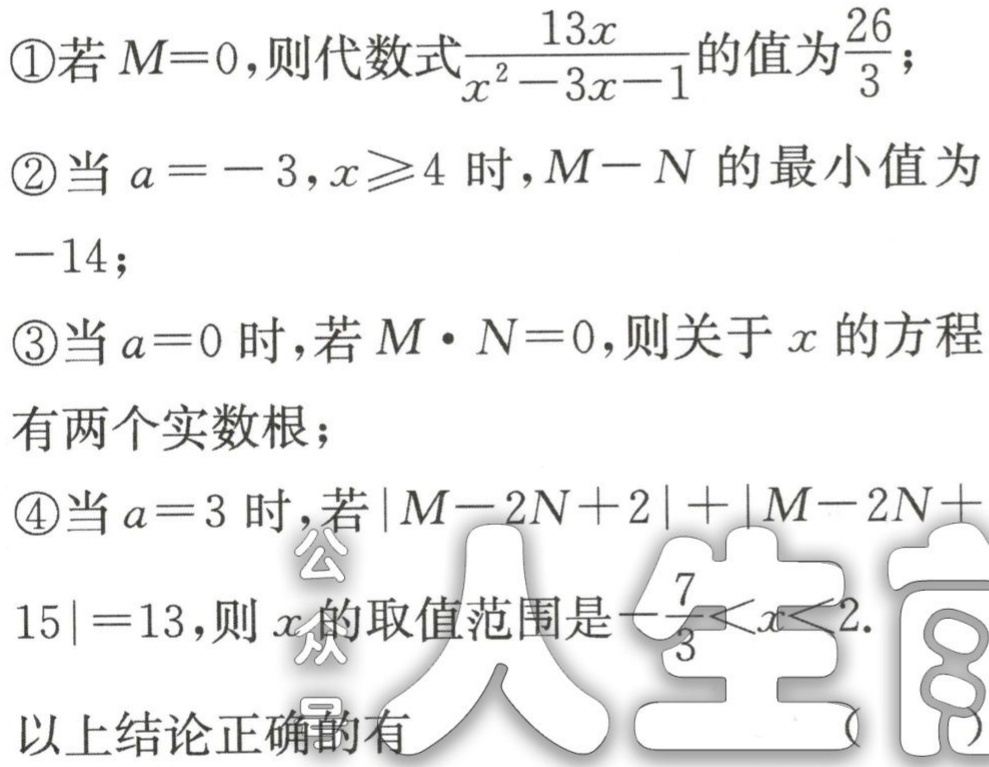
\textcircled{1}若\(M = 0\)，则代数式\(\frac{13x}{x^{2}-3x - 1}\)的值为\(\frac{26}{3}\)；
\textcircled{2}当\(a=-3\)，\(x\geqslant4\)时，\(M - N\)的最小值为
\(-14\)；
\textcircled{3}当\(a = 0\)时，若\(M\cdot N = 0\)，则关于\(x\)的方程
有两个实数根；
\textcircled{4}当\(a = 3\)时，若\(\vert M - 2N + 2\vert+\vert M - 2N + 15\vert=13\)，则\(x\)的取值范围是\(-\frac{7}{3}<x<2\).
以上结论正确的有 （ ）